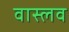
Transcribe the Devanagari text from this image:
वास्लव